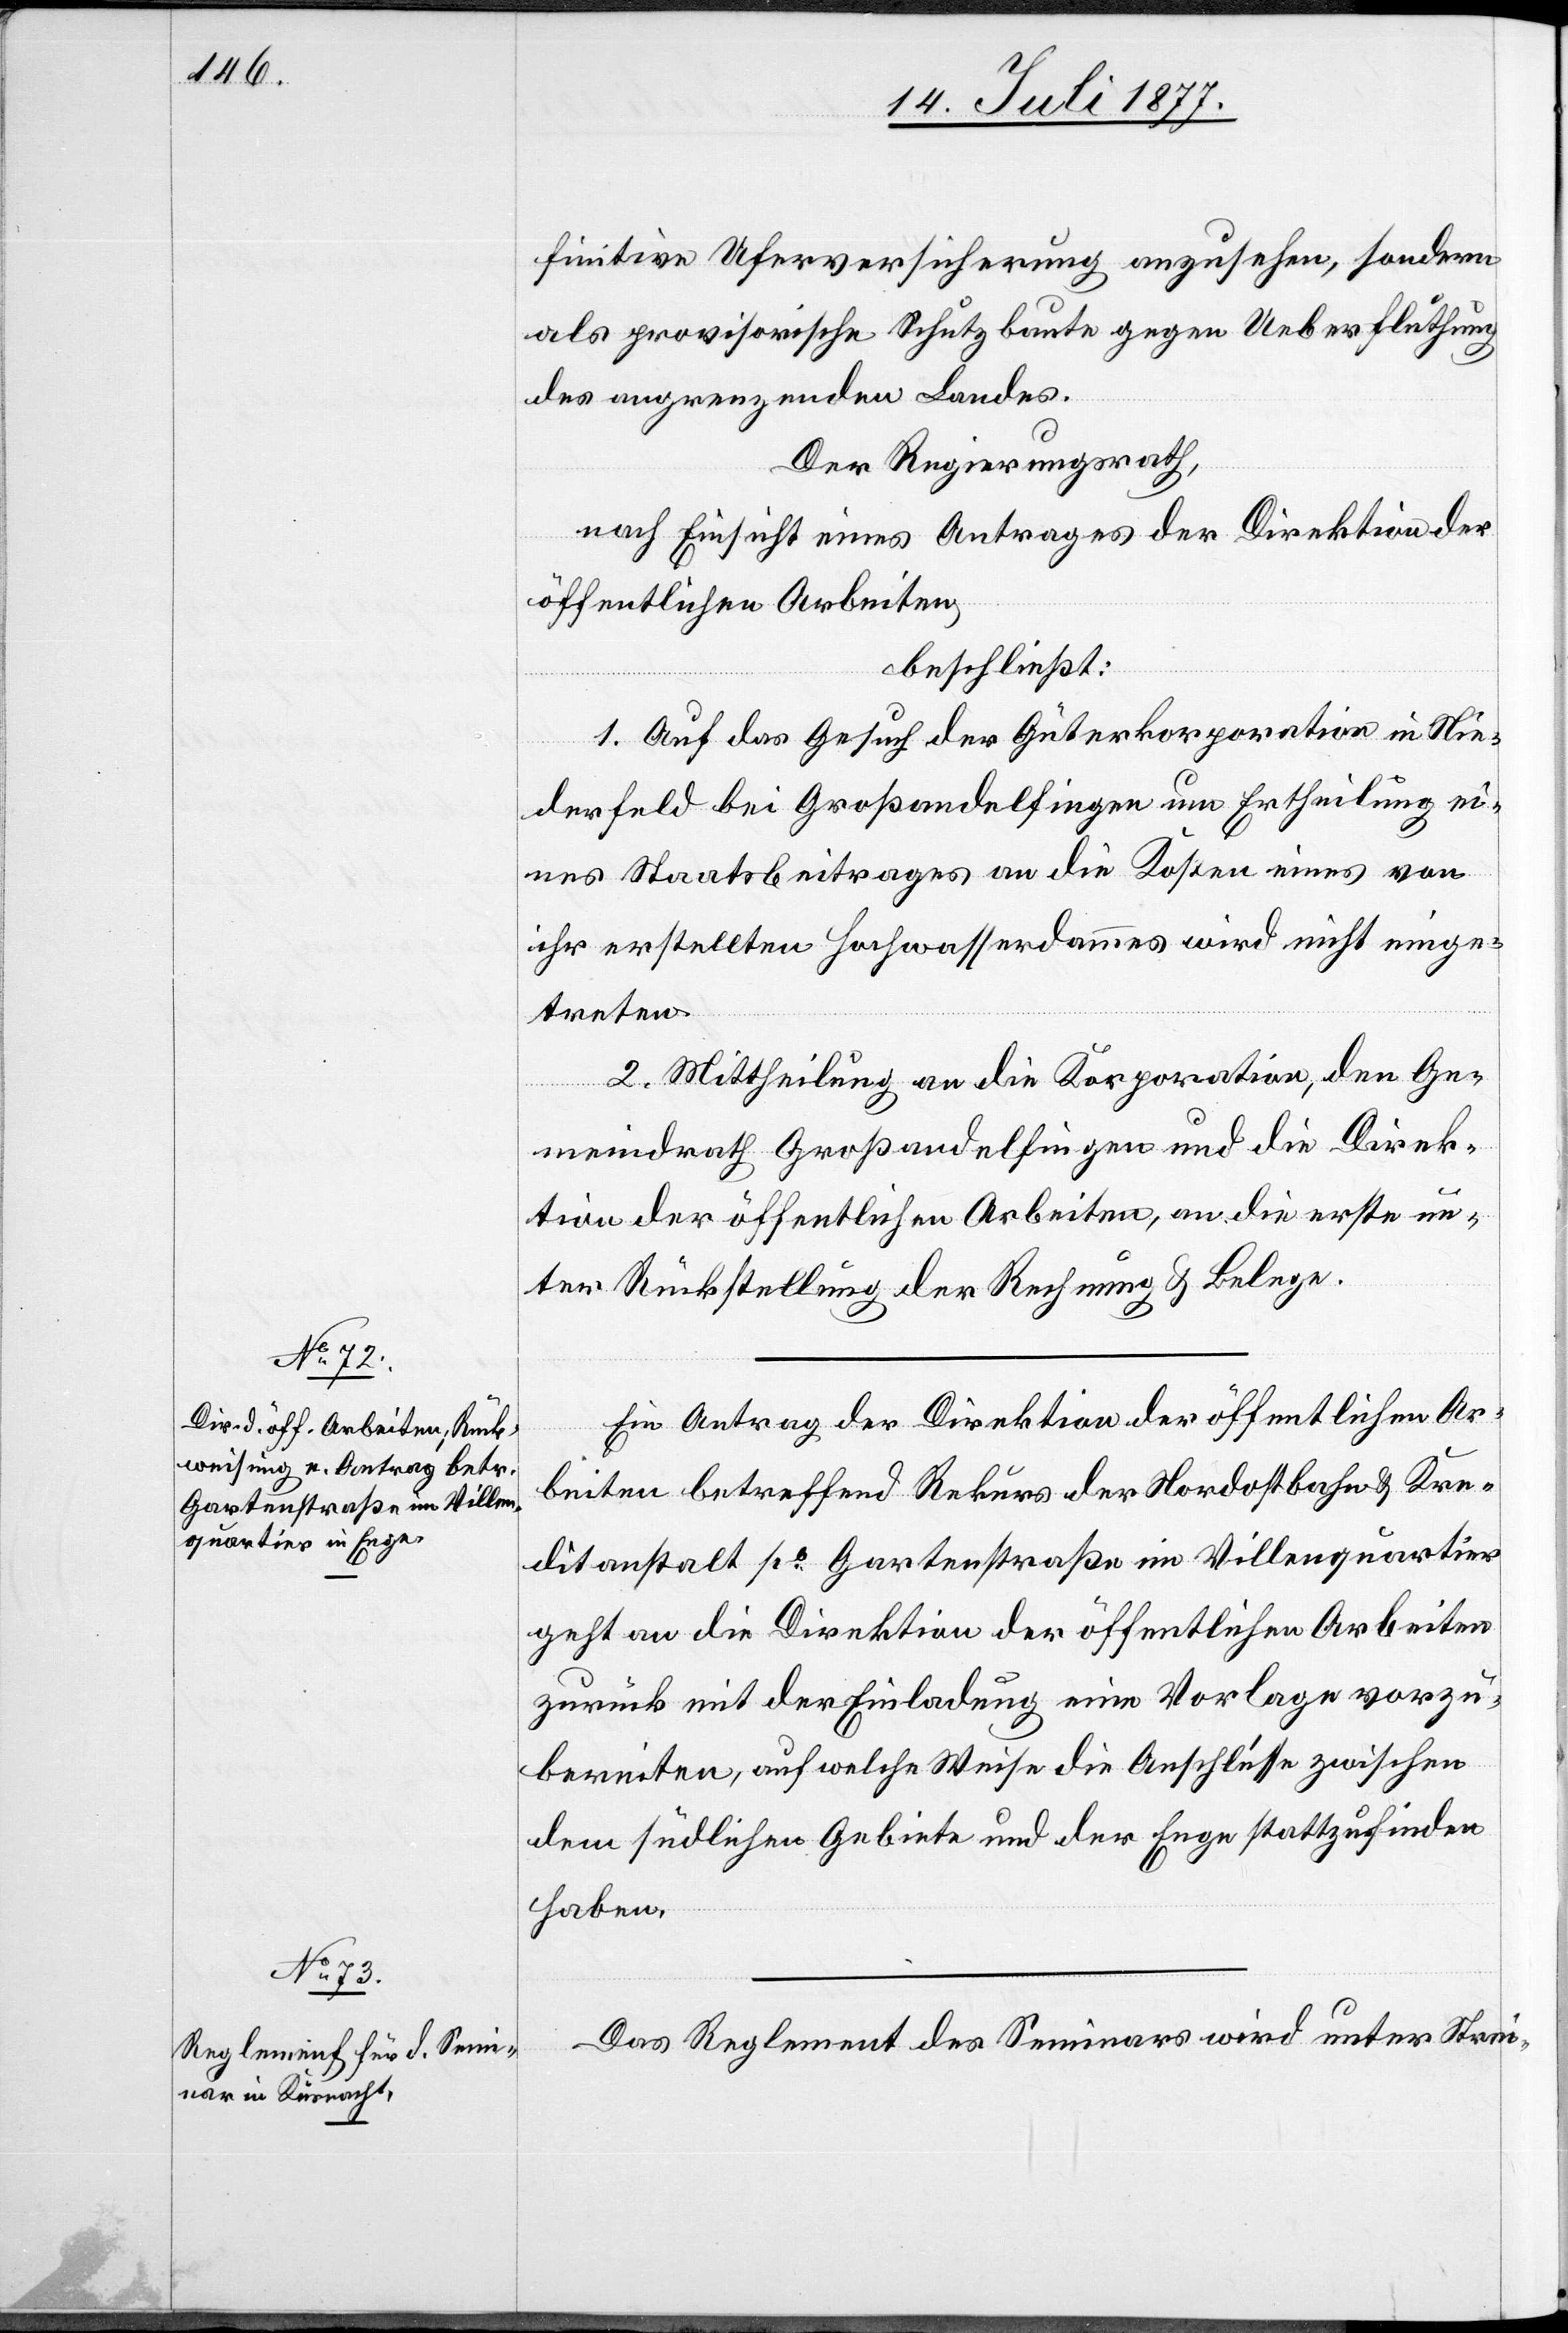
finitive Uferversicherung anzusehen, sondern
als provisorische Schutzbaute gegen Ueberfluthung
des angrenzenden Landes.
Der Regierungsrath,
nach Einsicht eines Antrages der Direktion der
öffentlichen Arbeiten,
beschließt:
1. Auf das Gesuch der Güterkorporation in Nie¬
derfeld bei Großandelfingen um Ertheilung ei¬
nes Staatsbeitrages an die Kosten eines von
ihr erstellten Hochwasserdammes wird nicht einge¬
treten.
2. Mittheilung an die Korporation, den Ge¬
meindrath Großandelfingen und die Direk¬
tion der öffentlichen Arbeiten, an die erste un¬
ter Rückstellung der Rechnung & Belege.
Ein Antrag der Direktion der öffentlichen Ar¬
beiten betreffend Rekurs der Nordostbahn & Kre¬
ditanstalt po Gartenstraße im Villenquartier
geht an die Direktion der öffentlichen Arbeiten
zurück mit der Einladung eine Vorlage vorzu¬
bereiten, auf welche Weise die Anschlüsse zwischen
dem südlichen Gebiete und der Enge stattzufinden
haben.
Das Reglement des Seminars wird unter Strei-